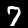
Label: 7